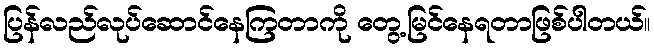
ပြန်လည်လုပ်ဆောင်နေကြတာကို တွေ့မြင်နေရတာဖြစ်ပါတယ်။